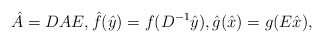
\begin{align*}\hat A = DAE, \hat f(\hat y) = f(D^{-1}\hat y), \hat g(\hat x) = g(E \hat x),\end{align*}